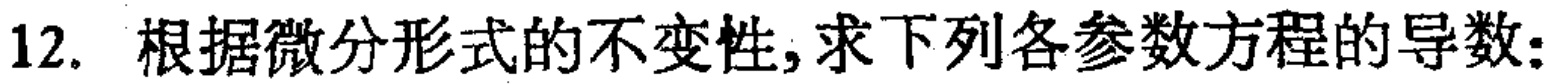
12. 根据微分形式的不变性,求下列各参数方程的导数: